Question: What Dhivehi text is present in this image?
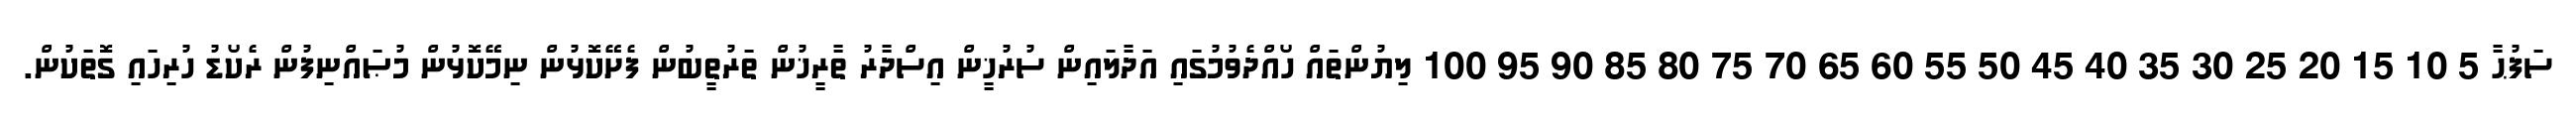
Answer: ސަފުޙާ 5 10 15 20 25 30 35 40 45 50 55 60 65 70 75 80 85 90 95 100 ލިޔުންތައް ހޯއްދެވުމުގައި އަދާލައިން ސުރުޚީން އިސްދާރު ތާރީޚުން ތަރުތީބުން ފެށޭކޮޅުން ނިމޭކޮޅުން މުޞައްނިފުން ރެކޯޑު ހުރިހައި ގޮތަކުން.